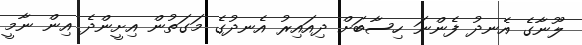
ލޫނާގެ އެނދު ފެންނަ ހިސާބަށް ދިއައިރު އެނދުގެ މަގަތުން އިށީންދެ އިން ނާމީ